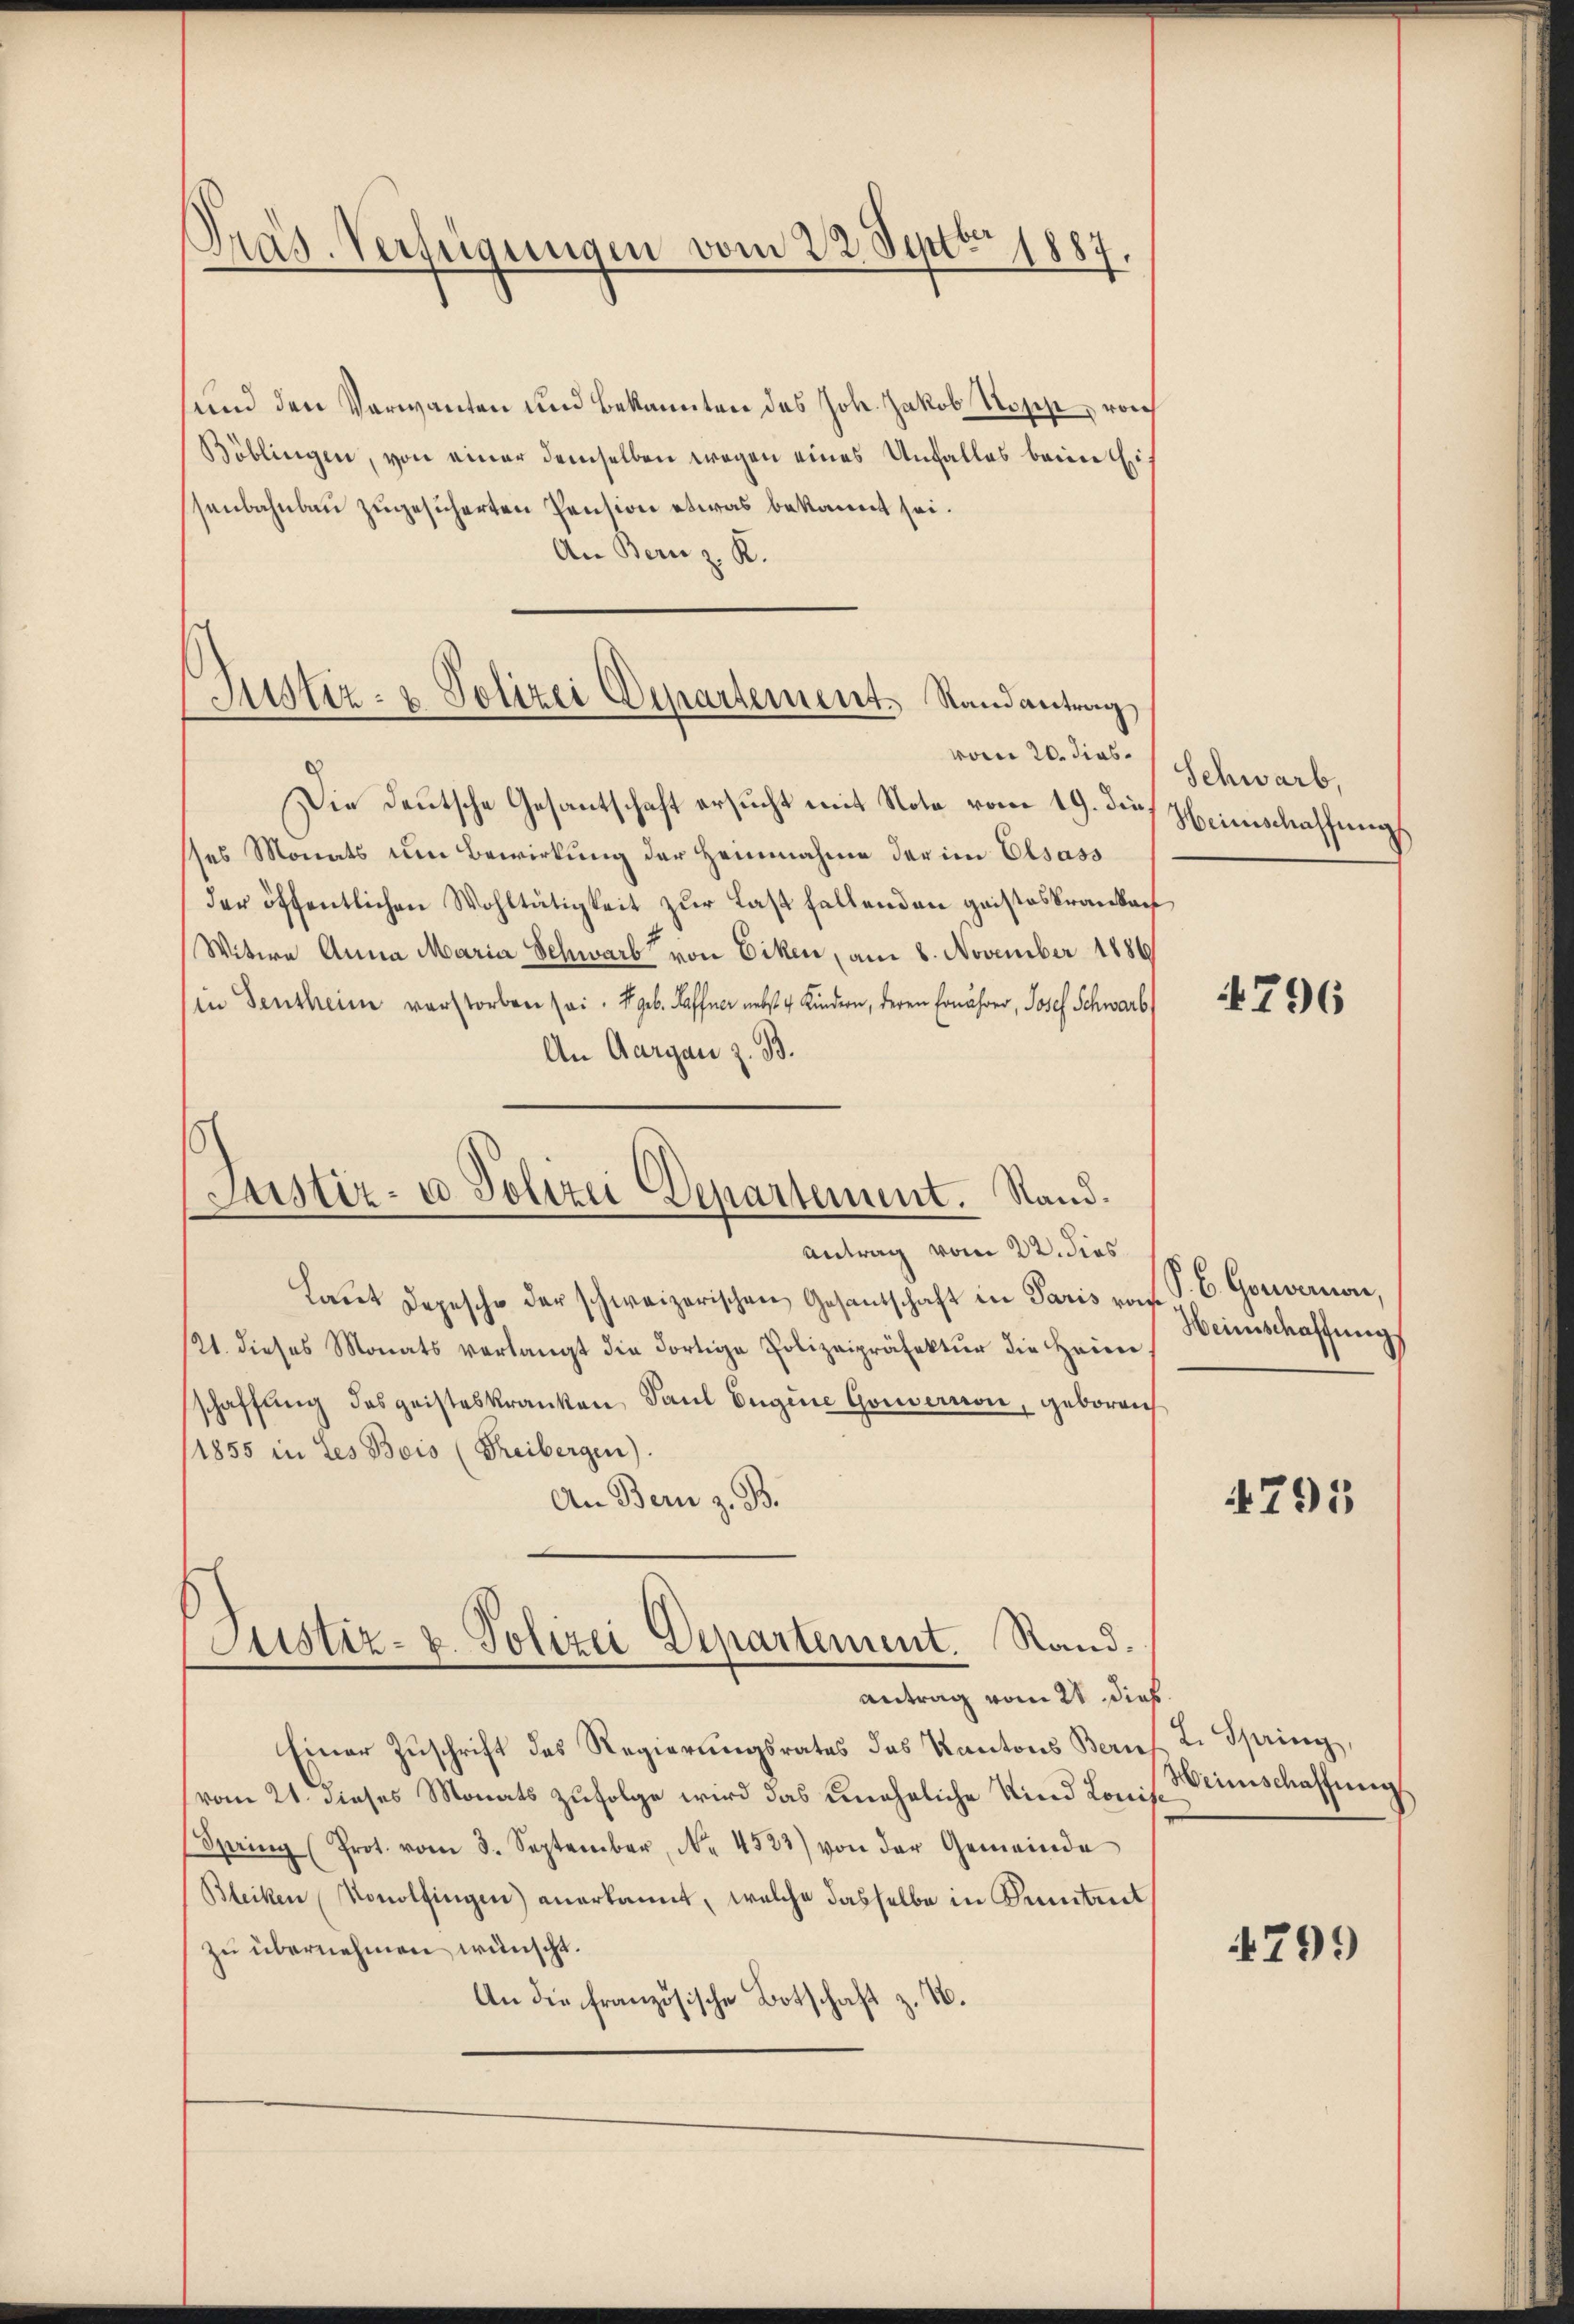
Pras. Verfügungen vom 22. Septbr 1887.

und den Verwanten und Bekannten des Joh. Jakob Rosche, von
Böblingen, von einer demselben wegen eines Unfalles beim Ei
senbahnbau zugesicherten Pension etwas bekannt sei.
An Bern z. K.

Justiz- & Polizei Departement. Randantrag

Justiz- u Polizei Departement. Sand¬
Antrag vom 22. dies

vom 20. dies
Die deutsche Gesantschaft ersucht mit Note vom 19. durch Hinschaffung
ses Monats um Bewirkung der Heinnahme der im Elsass
der öffentlichen Wohltätigkeit zur Last fallenden geisteskrankauf
Witwe Anna Maria Schwarb von Eiken, am 8. November 1886
in densheim verstorben sei. Er geb. Haffner nebst 4 Kindern, deren Ernährer, Josef Schwarb
An Aargau z. B.
s

Laut Depesche der schweizerischen Gesandschaft in Paris von
121. dieses Monats verlangt die dortige Polizeipräfektŭr die Heim
schaffung des geisteskranken Paul Eugene Gouvernon, geboren
/1855 in Les Bois (Freibergen)
An Bern z. B.
Justiz- u. Polizei Departement. Rand.

Einer Zuschrift des Regierungsrates des Kantons Bern,
vom 21. dieses Monats zufolge wird das uneheliche Kind Konit¬
Spring (Prot. vom 3. September, No. 4523) von der Gemeinde
(Bleiken (Vonolfingen) anerkannt, welche dasselbe in Kenntnit
zu übernehmen wünscht.
An die französische Botschaft z. B.

antrag vom 28 dies

Schwarb,

796

P. b. Gouvernon,
Heimschaffung

4795

L. Spring,
Weinschaffung

4799